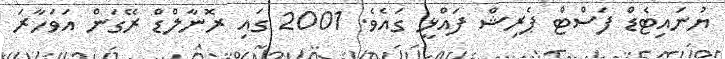
ޔުނައިޓެޑް ފަސްޓް ޕެރިޝް ފައްޅީ ގައެވެ. 2001 ގައި ރޮނާލްޑް ރޭގަން އަވަހާރަ